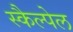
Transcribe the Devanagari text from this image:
स्कैल्पेल